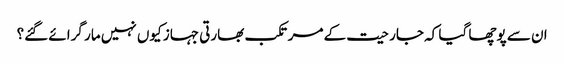
ان سے پوچھا گیا کہ جارحیت کے مرتکب بھارتی جہاز کیوں نہیں مار گرائے گئے؟